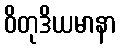
ဝိတုဒိယမာနာ